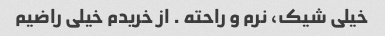
خیلی شیک، نرم و راحته . از خریدم خیلی راضیم